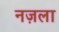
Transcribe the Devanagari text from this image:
नज़ला